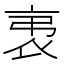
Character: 𧘨